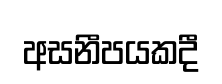
අසනීපයකදී